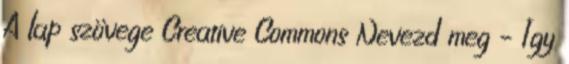
A lap szövege Creative Commons Nevezd meg – Így